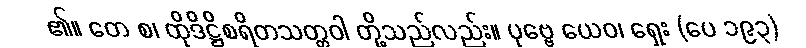
၏။ တေ စ၊ ထိုဒိဋ္ဌိစရိတသတ္တဝါ တို့သည်လည်း။ ပုဗ္ဗေ ယေဝ၊ ရှေး (ပေ ၁၉၃)